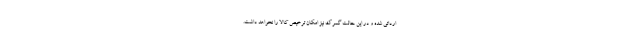
ارداتی شده و در این حالت گمرک نیز امکان ترخیص کالا را نخواهد داشت.